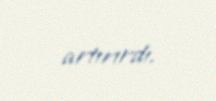
artırırdı.